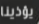
يؤذينا